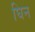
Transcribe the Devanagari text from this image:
घिन